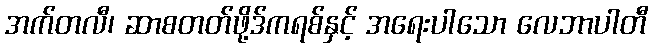
အက်တလီ၊ ဆာစတတ်ဖို့ဒ်ကရစ်နှင့် အရေးပါသော လေဘာပါတီ